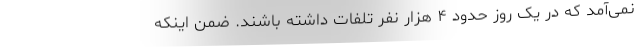
نمی‌آمد که در یک روز حدود ۴ هزار نفر تلفات داشته باشند. ضمن اینکه